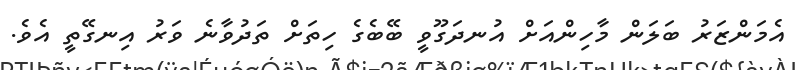
އެމަންޒަރު ބަލަން މާހިންއަށް އުނދަގޫވީ ބޭބެގެ ހިތަށް ތަދުވާނެ ވަރު އިނގޭތީ އެވެ.